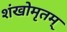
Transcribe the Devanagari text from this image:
शंखोमृतम्